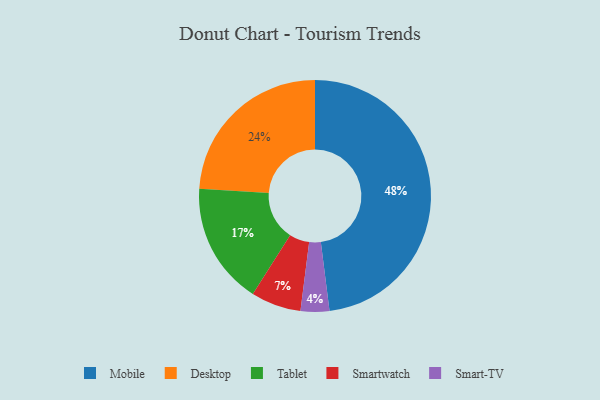
{"axis": {"x": "Category", "y": "Percentage"}, "legend": ["Desktop", "Mobile", "Smart-TV", "Smartwatch", "Tablet"], "data": [{"x": "Desktop", "y": 24, "type": "Desktop"}, {"x": "Smartwatch", "y": 7, "type": "Smartwatch"}, {"x": "Smart-TV", "y": 4, "type": "Smart-TV"}, {"x": "Mobile", "y": 48, "type": "Mobile"}, {"x": "Tablet", "y": 17, "type": "Tablet"}]}